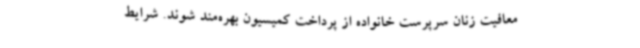
معافیت زنان سرپرست خانواده از پرداخت کمیسیون بهره‌مند شوند. شرایط